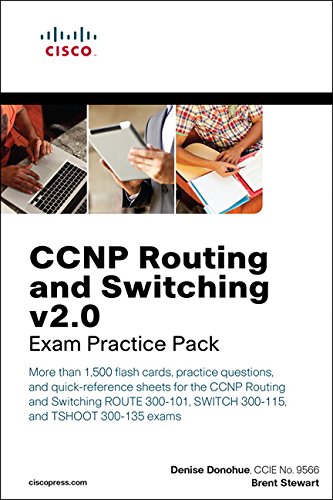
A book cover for CCNP Routing and Switching v2.0 Exam Practice Pack (Flash Cards and Exam Practice Packs); Denise Donohue; Computers & Technology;